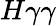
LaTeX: H\gamma\gamma